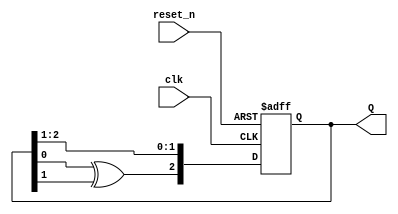
`timescale 1ns / 1ps
//////////////////////////////////////////////////////////////////////////////////
// Company: 
// Engineer: 
// 
// Design Name: 
// Module Name: lfsr
// Project Name: 
// Target Devices: 
// Tool Versions: 
// Description: 
// 
// Dependencies: 
// 
// Revision:
// Revision 0.01 - File Created
// Additional Comments:
// 
//////////////////////////////////////////////////////////////////////////////////


module lfsr
    #(parameter N = 3)(
    input clk,
    input reset_n,
    output [1:N] Q
    );
    
    reg [1:N] Q_reg, Q_next;
    wire taps;

    always @(posedge clk, negedge reset_n)
    begin
        if (~reset_n)
            Q_reg <= 'd1; // LSFR shouldn't start with 0 or FFFF
        else
            Q_reg <= Q_next;
    end
    
    // Next state logic
    always @(taps, Q_reg)
        Q_next = {taps, Q_reg[1:N - 1]};

        
    // Output logic
    assign Q = Q_reg;
    //-------------------------------------------------------------    
    // For maximum-length LSFR taps, check table 3 in the following:
    // https://www.xilinx.com/support/documentation/application_notes/xapp052.pdf
    
    // N = 3- to use 3 bits uncomment folliwing line and comment the next one
    assign taps = Q_reg[3] ^ Q_reg[2];
    
    // N = 8- to use 8 bits uncomment the following line and comment the preceding line
//    assign taps = Q_reg[8] ^ Q_reg[6] ^ Q_reg[5] ^ Q_reg[4]; // taps not random, they guarantee the longest sequence possible with 8 bits

        
endmodule